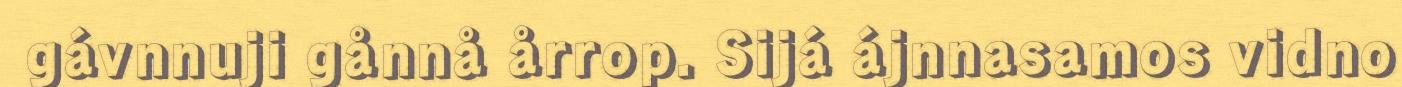
gávnnuji gånnå årrop. Sijá ájnnasamos vidno